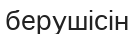
берушісін